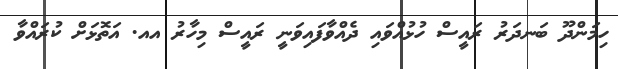
ހިމަންދޫ ބަނދަރު ރައީސް ހުޅުއްވައި ދެއްވާފައިވަނީ ރައީސް މިހާރު އއ. އަތޮޅަށް ކުރައްވާ